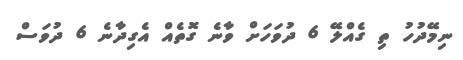
ނިމޭދުހު ތި ގެއްލޭ 6 ދުވަހަށް ވާނެ ގޮތެއް އެގިދާނެ 6 ދުވަސް